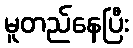
မူတည်နေပြီး